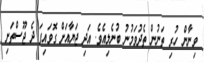
ވިނާން ހުރި ތަނުން ތެދުވަމުނު ބުނެލިއެވެ. އަދި ޖަޔާއަށް ގޮވައިފަ ދެ ޖޫސްތަށި